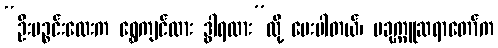
“ဦးပဉ္စင်းလေးက ရွှေကျင်လား ဒွါရလား”လို့ မေးပါတယ်၊ ပခုက္ကူဆရာတော်က